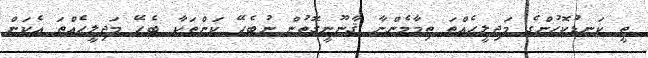
ތީ ކަނޑުކޮހުންގެ މަޖިލީހެއްތަ ތިމާމެންނާ ޤާނޫނީގޮތުން ނުބެހޭ ކަންތަކާ ބެހޭ މަޖިލީހެއްތަ އެކަން